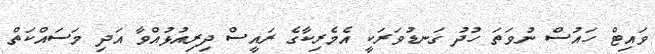
ވައިޓް ހައުސް ނުވަތަ ހުދު ގަނޑުވަރަކީ އެމެރިކާގެ ރައީސް ދިރިއުޅުއްވާ އަދި މަސައްކަތް